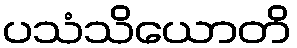
ပသံသိယောတိ